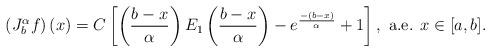
LaTeX: \begin{align*}\left(J_b^\alpha f\right)(x)=C\left[\left(\frac{b-x}{\alpha} \right)E_1\left(\frac{b-x}{\alpha}\right)-e^{\frac{-(b-x)}{\alpha}}+1\right],\mbox{ a.e. } x\in [a,b].\end{align*}